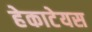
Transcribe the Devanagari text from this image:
हेकाटेयस